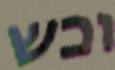
וכש